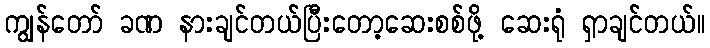
ကျွန်တော် ခဏ နားချင်တယ်ပြီးတော့ဆေးစစ်ဖို့ ဆေးရုံ ရှာချင်တယ်။